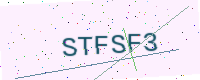
Text: STFSF3